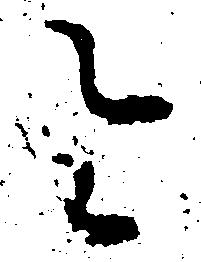
令